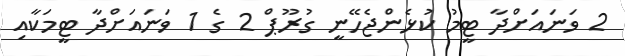
2 ވަނައަށްދާ ޓީމު ކުޅެންޖެހޭނީ ގުރޫޕް 2 ގެ 1 ވަނައަށްދާ ޓީމަކާއި